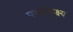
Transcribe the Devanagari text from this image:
परमलक्ष्य